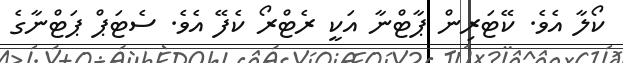
ކޯލާ އެވެ. ކޭޓަރިން ޕާޓްނާ އަކީ ރެޓްރޯ ކެފޭ އެވެ. ސެޓަޕް ޕަޓްނާގެ